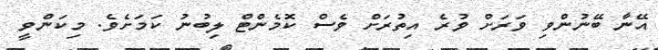
އޭނާ ބޭނުންވި ވަރަށް ވުރެ އިތުރަށް ވެސް ކޮމެންޓް ލިބުނު ކަމަށެވެ. މިކަންވީ